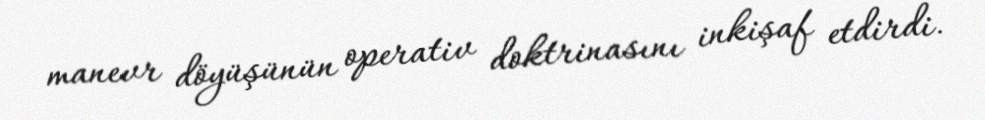
manevr döyüşünün operativ doktrinasını inkişaf etdirdi.